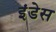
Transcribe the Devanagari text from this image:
इंडेस